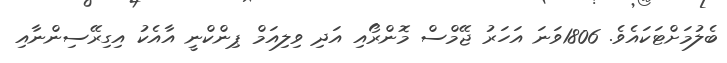
ބެލުމަށްޓަކައެވެ. 1806ވަނަ އަހަރު ޖޭމްސް މޮންރޯއި އަދި ވިލިއަމް ޕިންކްނީ އާއެކު އިގިރޭސިންނާއި